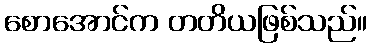
စောအောင်က တတိယဖြစ်သည်။